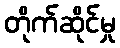
တိုက်ဆိုင်မှု